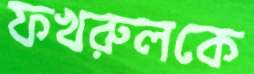
ফখরুলকে